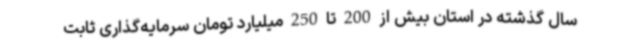
سال گذشته در استان بیش از 200 تا 250 میلیارد تومان سرمایه‌گذاری ثابت